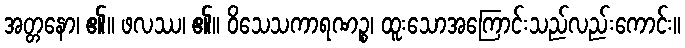
အတ္တနော၊ ၏။ ဖလဿ၊ ၏။ ဝိသေသကာရဏဉ္စ၊ ထူးသောအကြောင်းသည်လည်းကောင်း။